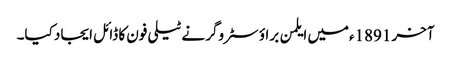
آخر 1891ءمیں ایلمن براؤ سٹروگر نے ٹیلی فون کا ڈائل ایجاد کیا۔